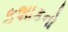
કશાકનો